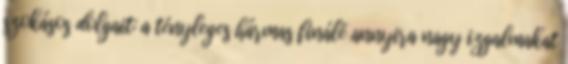
szokásos dolgait: a tényleges hármas finálé annyira nagy izgalmakat